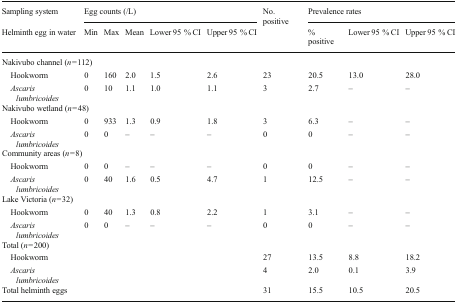
<table><thead><tr><td><b>Sampling system</b></td><td colspan="5"><b>Egg counts (/L)</b></td><td rowspan="2"><b>No. positive</b></td><td colspan="3"><b>Prevalence rates</b></td></tr><tr><td><b>Helminth egg in water</b></td><td><b>Min</b></td><td><b>Max</b></td><td><b>Mean</b></td><td><b>Lower 95 % CI</b></td><td><b>Upper 95 % CI</b></td><td><b>% positive</b></td><td><b>Lower 95 % CI</b></td><td><b>Upper 95 % CI</b></td></tr></thead><tbody><tr><td colspan="10">Nakivubo channel (<i>n</i> = 112)</td></tr><tr><td> Hookworm</td><td>0</td><td>160</td><td>2.0</td><td>1.5</td><td>2.6</td><td>23</td><td>20.5</td><td>13.0</td><td>28.0</td></tr><tr><td> <i>Ascaris lumbricoides</i></td><td>0</td><td>10</td><td>1.1</td><td>1.0</td><td>1.1</td><td>3</td><td>2.7</td><td>–</td><td>–</td></tr><tr><td colspan="10">Nakivubo wetland (<i>n</i> = 48)</td></tr><tr><td> Hookworm</td><td>0</td><td>933</td><td>1.3</td><td>0.9</td><td>1.8</td><td>3</td><td>6.3</td><td>–</td><td>–</td></tr><tr><td> <i>Ascaris lumbricoides</i></td><td>0</td><td>0</td><td>–</td><td>–</td><td>–</td><td>0</td><td>0</td><td>–</td><td>–</td></tr><tr><td colspan="10">Community areas (<i>n</i> = 8)</td></tr><tr><td> Hookworm</td><td>0</td><td>0</td><td>–</td><td>–</td><td>–</td><td>0</td><td>0</td><td>–</td><td>–</td></tr><tr><td> <i>Ascaris lumbricoides</i></td><td>0</td><td>40</td><td>1.6</td><td>0.5</td><td>4.7</td><td>1</td><td>12.5</td><td>–</td><td>–</td></tr><tr><td colspan="10">Lake Victoria (<i>n</i> = 32)</td></tr><tr><td> Hookworm</td><td>0</td><td>40</td><td>1.3</td><td>0.8</td><td>2.2</td><td>1</td><td>3.1</td><td>–</td><td>–</td></tr><tr><td> <i>Ascaris lumbricoides</i></td><td>0</td><td>0</td><td>–</td><td>–</td><td>–</td><td>0</td><td>0</td><td>–</td><td>–</td></tr><tr><td colspan="10">Total (<i>n</i> = 200)</td></tr><tr><td> Hookworm</td><td></td><td></td><td></td><td></td><td></td><td>27</td><td>13.5</td><td>8.8</td><td>18.2</td></tr><tr><td> <i>Ascaris lumbricoides</i></td><td></td><td></td><td></td><td></td><td></td><td>4</td><td>2.0</td><td>0.1</td><td>3.9</td></tr><tr><td>Total helminth eggs</td><td></td><td></td><td></td><td></td><td></td><td>31</td><td>15.5</td><td>10.5</td><td>20.5</td></tr></tbody></table>